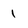
Character: 1